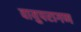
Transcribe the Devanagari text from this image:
वायुपरागण